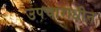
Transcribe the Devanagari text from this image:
उपचाराधीन